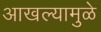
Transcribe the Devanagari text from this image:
आखल्यामुळे